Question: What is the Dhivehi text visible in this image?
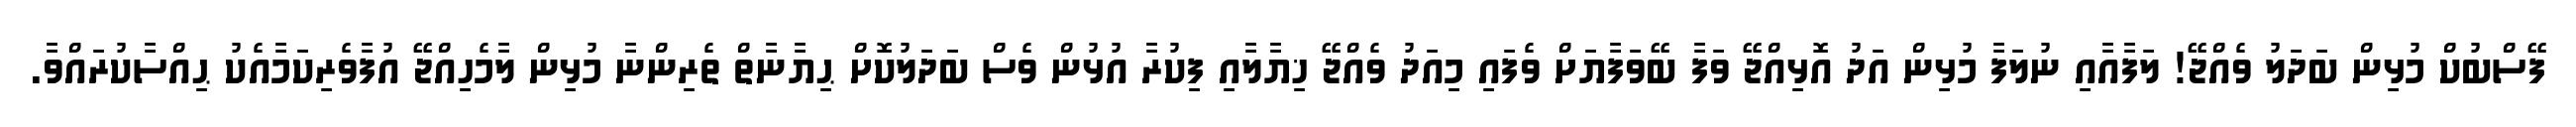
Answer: ފޭސްބުކް މުޅިން ބަދަލު ވެއްޖޭ! ލަފާއާއި ނުލަފާ މުޅިން އަދު އޮޅިއްޖޭ ވަފާ ބޭވަފާޔަށް ވެފައި މިއަދު ވެއްޖޭ ޚިޔާލާއި ފިކުރާ އުޅުން ވެސް ބަދަލުކޮށް ޙިޔާނާތް ތެރިންނާ މުޅިން ލާމެހިއްޖޭ އުފާވެރިކަމާއެކު ޙިއްސާކުރައްވާ.